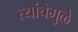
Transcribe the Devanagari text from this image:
त्यांचेमुळे